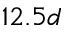
1 2 . 5 d